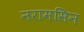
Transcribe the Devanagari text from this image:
नरामसिन